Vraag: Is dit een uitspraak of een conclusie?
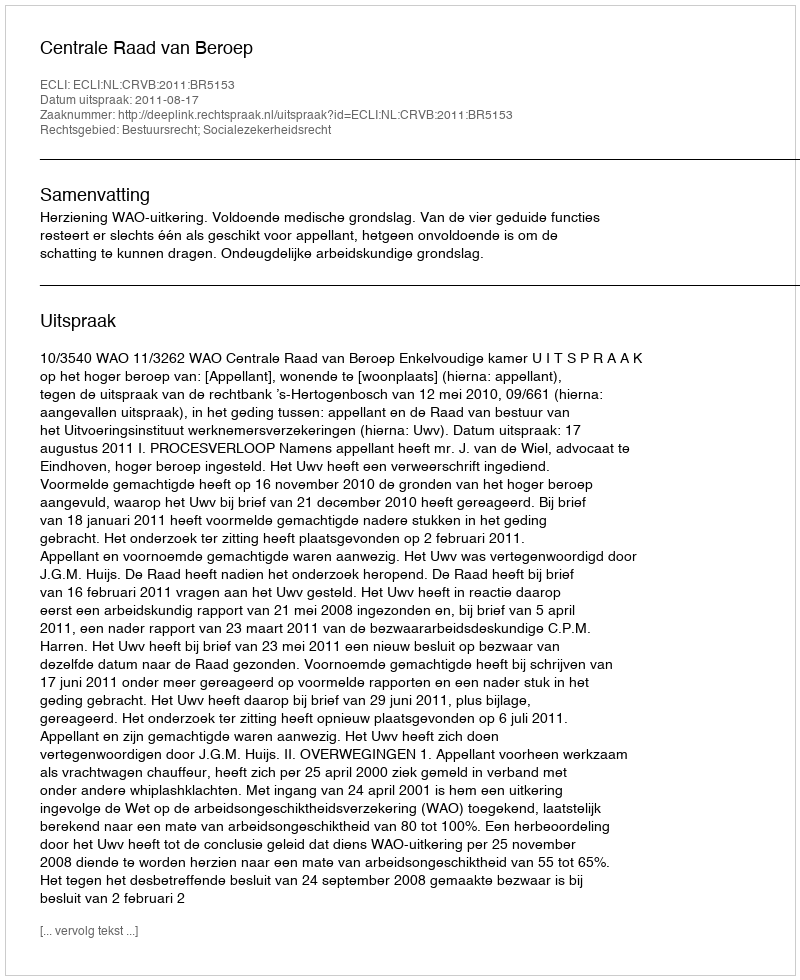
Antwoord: Uitspraak